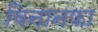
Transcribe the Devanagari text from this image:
विनानफा